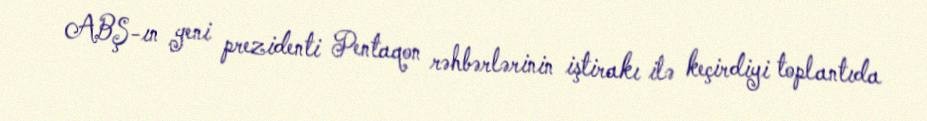
ABŞ-ın yeni prezidenti Pentaqon rəhbərlərinin iştirakı ilə keçirdiyi toplantıda